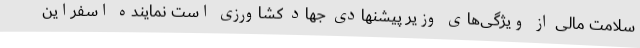
سلامت مالی از ویژگی‌های وزیر پیشنهادی جهاد کشاورزی است نماینده اسفراین